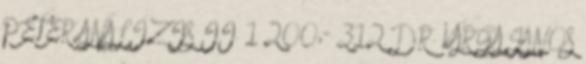
PÉTER ANALÍZIS II. 1 200,- 312 DR. VARGA JÁNOS